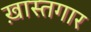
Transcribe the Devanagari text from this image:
ख़ास्तगार